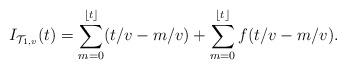
LaTeX: \begin{align*}I_{\mathcal{T}_{1,v}}(t)=\sum_{m=0}^{\lfloor t \rfloor}(t/v-m/v)+\sum_{m=0}^{\lfloor t \rfloor} f(t/v-m/v).\end{align*}